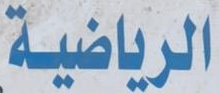
الرياضية